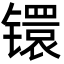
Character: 镮